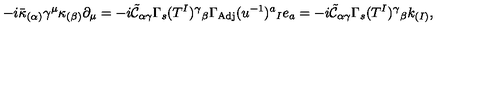
- i \bar { \kappa } _ { ( \alpha ) } \gamma ^ { \mu } \kappa _ { ( \beta ) } \partial _ { \mu } = - i \tilde { \mathcal { C } } _ { \alpha \gamma } \Gamma _ { s } ( T ^ { I } ) ^ { \gamma } { } _ { \beta } \Gamma _ { \mathrm { A d j } } ( u ^ { - 1 } ) ^ { a } { } _ { I } e _ { a } = - i \tilde { \mathcal { C } } _ { \alpha \gamma } \Gamma _ { s } ( T ^ { I } ) ^ { \gamma } { } _ { \beta } k _ { ( I ) } ,